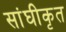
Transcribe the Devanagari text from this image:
सांघीकृत